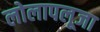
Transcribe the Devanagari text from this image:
लोलापलूजा